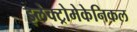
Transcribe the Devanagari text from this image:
इलेक्ट्रोमेकेनिकल